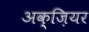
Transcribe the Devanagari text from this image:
अक्ज़ियर